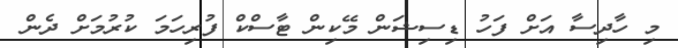
މި ހާދިސާ އަށް ފަހު ޑިސިޝަން މޭކިން ޓާސްކް ފުރިހަމަ ކުރުމަށް ދެން